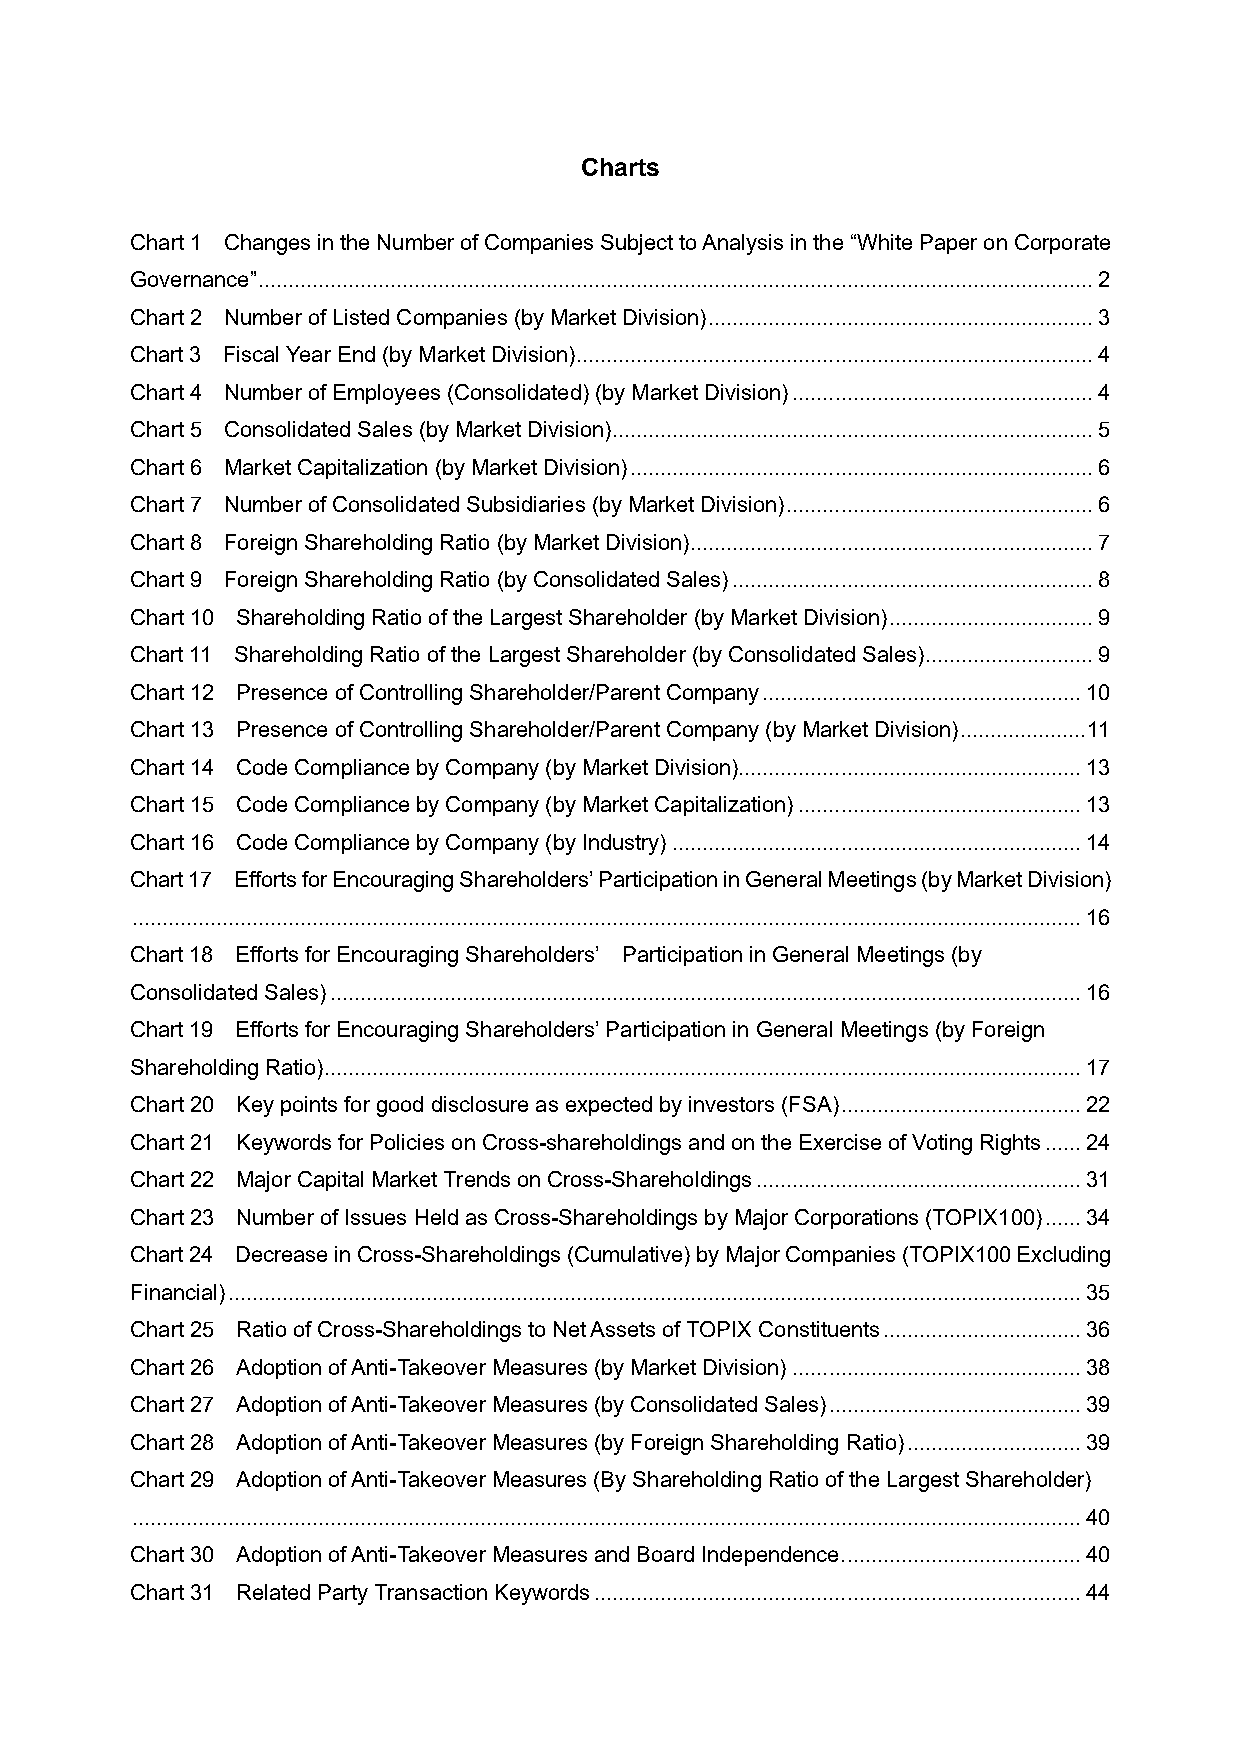
Charts
 Chart1 Changes in the Number of Companies Subject to Analysis in the “White Paper on Corporate
 Governance”...........................................................................................................................................2
 Chart2 Number of Listed Companies (by Market Division)................................................................3
 Chart3 Fiscal Year End (by Market Division)......................................................................................4
 Chart4 Number of Employees (Consolidated) (by Market Division)..................................................4
 Chart5 Consolidated Sales (by Market Division)................................................................................5
 Chart6 Market Capitalization (by Market Division).............................................................................6
 Chart7 Number of Consolidated Subsidiaries (by Market Division)...................................................6
 Chart8 Foreign Shareholding Ratio (by Market Division)...................................................................7
 Chart9 Foreign Shareholding Ratio (by Consolidated Sales)............................................................8
 Chart10 Shareholding Ratio of the Largest Shareholder (by Market Division)..................................9
 Chart11 Shareholding Ratio of the Largest Shareholder (by Consolidated Sales)............................9
 Chart12 Presence of Controlling Shareholder/Parent Company.....................................................10
 Chart13 Presence of Controlling Shareholder/Parent Company (by Market Division).....................11
 Chart14 Code Compliance by Company (by Market Division).........................................................13
 Chart 15 Code Compliance by Company (by Market Capitalization)...............................................13
 Chart16 Code Compliance by Company (by Industry)....................................................................14
 Chart17 Efforts for Encouraging Shareholders’ Participation in General Meetings (by Market Division)
 ..............................................................................................................................................................16
 Chart18 Efforts for Encouraging Shareholders’ Participation in General Meetings (by
 Consolidated Sales).............................................................................................................................16
 Chart19 Efforts for Encouraging Shareholders’ Participation in General Meetings (by Foreign
 Shareholding Ratio)..............................................................................................................................17
 Chart20 Key points for good disclosure as expected by investors (FSA)........................................22
 Chart21 Keywords for Policies on Cross-shareholdings and on the Exercise of Voting Rights......24
 Chart22 Major Capital Market Trends on Cross-Shareholdings......................................................31
 Chart 23 Number of Issues Held as Cross-Shareholdings by Major Corporations (TOPIX100)......34
 Chart24 Decrease in Cross-Shareholdings (Cumulative) by Major Companies (TOPIX100 Excluding
 Financial)..............................................................................................................................................35
 Chart25 Ratio of Cross-Shareholdings to Net Assets of TOPIX Constituents.................................36
 Chart26 Adoption of Anti-Takeover Measures (by Market Division)................................................38
 Chart27 Adoption of Anti-Takeover Measures (by Consolidated Sales)..........................................39
 Chart28 Adoption of Anti-Takeover Measures (by Foreign Shareholding Ratio).............................39
 Chart29 Adoption of Anti-Takeover Measures (By Shareholding Ratio of the Largest Shareholder)
 ..............................................................................................................................................................40
 Chart30 Adoption of Anti-Takeover Measures and Board Independence........................................40
 Chart31 Related Party Transaction Keywords.................................................................................44